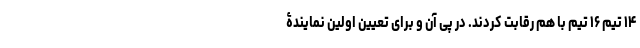
۱۴ تیم ۱۶ تیم با هم رقابت کردند. در پی آن و برای تعیین اولین‌ نمایندۀ